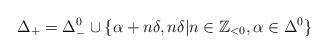
LaTeX: \begin{align*}\Delta_+ = \Delta_-^0 \cup \{ \alpha+n\delta, n\delta | n\in \mathbb Z_{<0}, \alpha \in \Delta^0\}\end{align*}